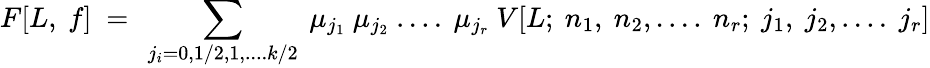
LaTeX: F[L,~f]~=~\sum_{j_{i}=0,1/2,1,....k/2}~\mu_{j_{1}}~\mu_{j_{2}}~....~\mu_{j_{r}}~V[L;~n_{1},~n_{2},....~n_{r};~j_{1},~j_{2},....~j_{r}]